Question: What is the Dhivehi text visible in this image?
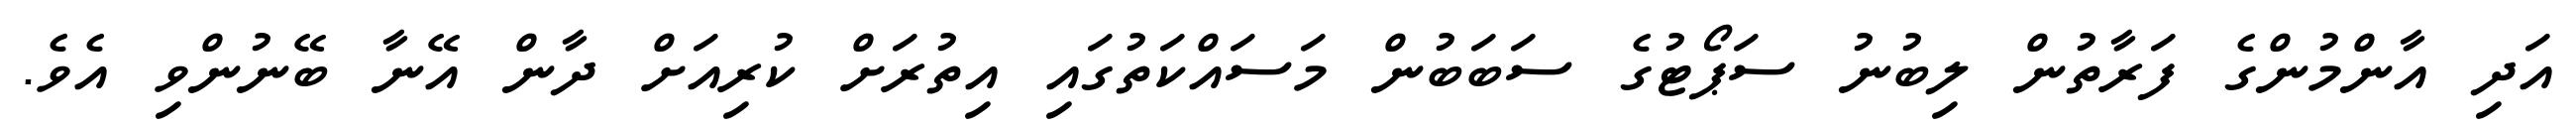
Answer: އަދި އާންމުންގެ ފަރާތުން ލިބުނު ސަޕޯޓުގެ ސަބަބުން މަސައްކަތުގައި އިތުރަށް ކުރިއަށް ދާން އޭނާ ބޭނުންވި އެވެ.